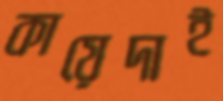
কায়েদাই